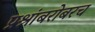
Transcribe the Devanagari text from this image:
प्रश्नांबरोबरच